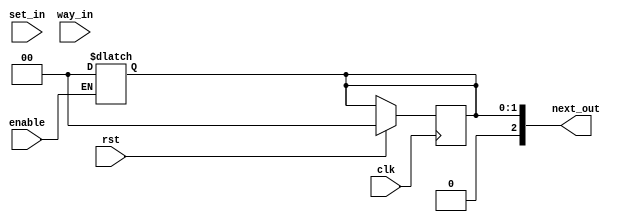
`timescale 1ns / 1ps
//=========================================================================
// Name & Email must be EXACTLY as in Gradescope roster!
// Name: 
// Email: 
// 
// Assignment name: 
// Lab section: 
// TA: 
// 
// I hereby certify that I have not received assistance on this assignment,
// or used code, from ANY outside source other than the instruction team
// (apart from what was provided in the starter file).
//
//=========================================================================

//=========================================================================
//
// DO NOT CHANGE ANYTHING BELOW THIS COMMENT. IT IS PROVIDED TO MAKE SURE 
// YOUR LAB IS SUCCESSFULL. 
//
//=========================================================================

module lru_replacement #(
    parameter WAY_SIZE      = 3,
    parameter SET_SIZE      = 2,
    parameter ASSOCIATIVITY = 1
    ) (
    input wire clk,
    input wire rst,
    input wire enable,
    input wire [SET_SIZE-1:0] set_in,
    input wire [WAY_SIZE-1:0] way_in,
    output wire [WAY_SIZE-1:0] next_out
);

    integer counts [(1 << SET_SIZE)-1:0][ASSOCIATIVITY-1:0];
    integer tick;
    integer i;
    integer j;
    reg [SET_SIZE-1:0] min_idx;
    reg [SET_SIZE-1:0] new_idx;
    
    always @(posedge clk) begin
        if (rst) begin
            tick = 0;
            new_idx = 0;
            for (i = 0; i < (1 << SET_SIZE); i = i + 1) begin
                for (j = 0; j < ASSOCIATIVITY; j = j + 1) begin
                    counts[i][j] = 0;
                end
            end
        end else begin
            tick = tick + 1;
            if (way_in < ASSOCIATIVITY) begin
                counts[set_in][way_in] = tick;
            end
        end
    end
    
    always @(set_in or way_in or enable) begin
        if (enable) begin
            new_idx = way_in;
            min_idx = 0;
            for (i = 0; i < ASSOCIATIVITY; i = i + 1) begin
                if (counts[set_in][min_idx] > counts[set_in][i]) begin
                    min_idx = i;
                end
            end
            counts[set_in][min_idx] <= tick;
            new_idx <= min_idx;
        end
    end
    
    assign next_out = new_idx;
endmodule